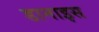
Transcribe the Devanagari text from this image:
डानाइस